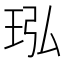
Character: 𬍝